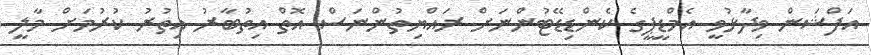
އަފްޝަން ވިދާޅުވީ އެމްޑީޕީގެ ކެންޑިޑޭޓުންނަށް ރައްޔިތުންނަސް އޮތް އިތުބާރު އިތުރު ކުރުމަށް މާލީ